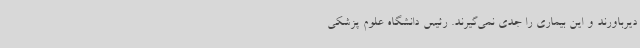
دیرباورند و این بیماری را جدی نمی‌گیرند. رئیس دانشگاه علوم پزشکی